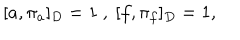
[ a , \pi _ { a } ] _ { D } = 1 ~ , ~ [ f , \pi _ { f } ] _ { D } = 1 ,